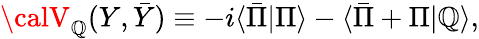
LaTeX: {\calV}_{\cal\mathbb{Q}}(Y,\bar{{Y}})\equiv-i\langle\bar{{\Pi}}|\Pi\rangle-\langle\bar{{\Pi}}+\Pi|{\cal\mathbb{Q}}\rangle,